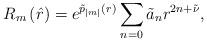
LaTeX: \begin{align*}R_{m}\left( \hat{r}\right) =e^{\tilde{p}_{\left\vert m\right\vert }\left(r\right) }\sum_{n=0}\tilde{a}_{n}r^{2n+\tilde{\nu}}, \end{align*}